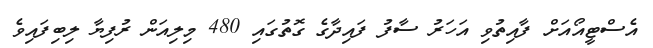
އެސްޓީއޯއަށް ފާއިތުވި އަހަރު ސާފު ފައިދާގެ ގޮތުގައި 480 މިލިއަން ރުފިޔާ ލިބިފައިވެ